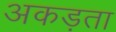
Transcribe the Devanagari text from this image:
अकड़ता